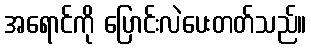
အရောင်ကို ပြောင်းလဲပေးတတ်သည်။